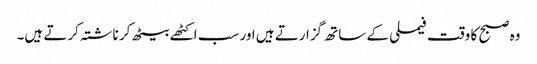
وہ صبح کا وقت فیملی کے ساتھ گزارتے ہیں اور سب اکٹھے بیٹھ کر ناشتہ کرتے ہیں۔